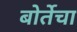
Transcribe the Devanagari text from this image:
बोर्तेचा